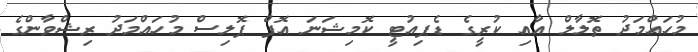
މުހައްމަދު ތޮލާލް އާއި ކުރީގެ ޑެޕިއުޓީ ކޮމިޝަނަ އޮފް ޕޮލިސް މުހައްމަދު ރިޝްވާންގެ